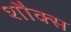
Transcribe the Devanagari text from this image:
शौक्स